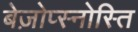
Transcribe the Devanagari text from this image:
बेज़ोप्स्नोस्ति